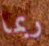
ربما